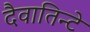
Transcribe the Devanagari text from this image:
दैवातिन्टे